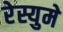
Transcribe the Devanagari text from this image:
रेस्युमे